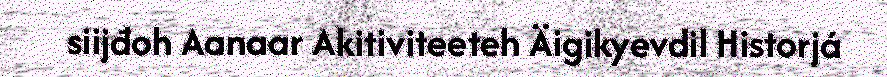
siijđoh Aanaar Akitiviteeteh Äigikyevdil Historjá